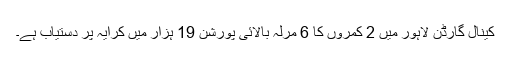
کینال گارڈن لاہور میں 2 کمروں کا 6 مرلہ بالائی پورشن 19 ہزار میں کرایہ پر دستیاب ہے۔